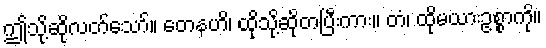
ဤသို့ဆိုလတ်သော်။ တေနဟိ၊ ထိုသို့ဆိုတပြီးကား။ တံ၊ ထိုမယားဥစ္စာကို။